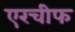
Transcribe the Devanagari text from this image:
एरचीफ